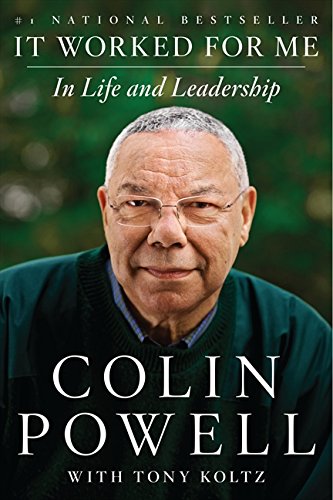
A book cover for It Worked for Me: In Life and Leadership; Colin Powell; Biographies & Memoirs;